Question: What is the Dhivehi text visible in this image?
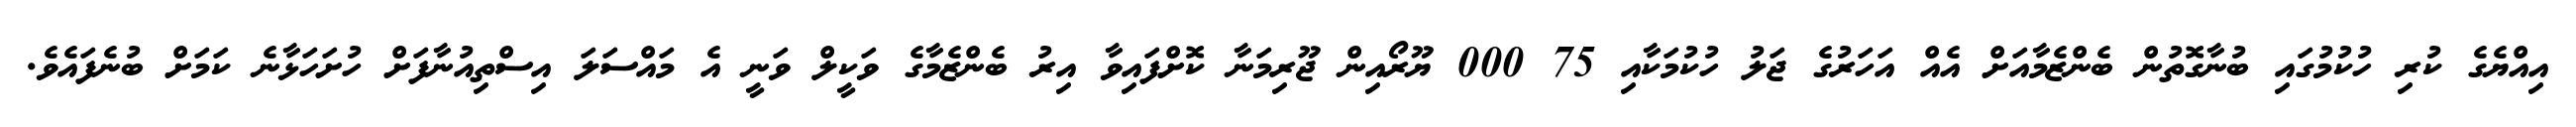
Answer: އިއްޔެގެ ކުރި ހުކުމުގައި ބުނާގޮތުން ބެންޒެމާއަށް އެއް އަހަރުގެ ޖަލު ހުކުމަކާއި 75 000 ޔޫރޯއިން ޖޫރިމަނާ ކޮށްފައިވާ އިރު ބެންޒެމާގެ ވަކީލް ވަނީ އެ މައްސަލަ އިސްތިއުނާފަށް ހުށަހަޅާނެ ކަމަށް ބުނެފައެވެ.